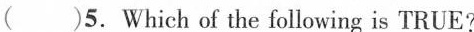
( )5. Which of the following is TRUE